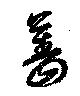
薔